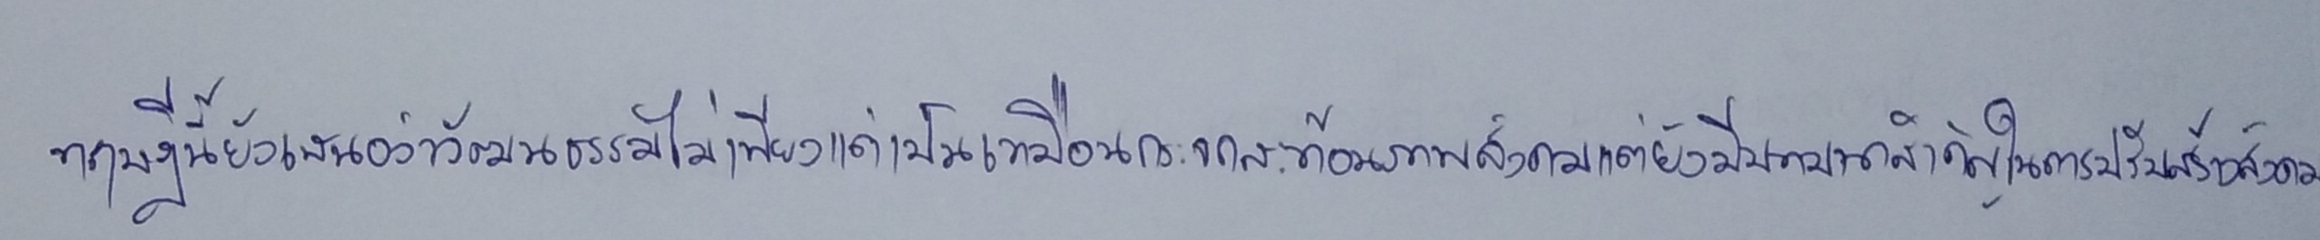
ทฤษฎีนี้ยังเสนอว่าวัฒนธรรมไม่เพียงแต่เป็นเหมือนกระจกสะท้อนภาพสังคมแต่ยังมีบทบาทสำคัญในการปรับสร้างสังคม